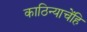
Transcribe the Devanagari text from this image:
काठिन्याचेंहि